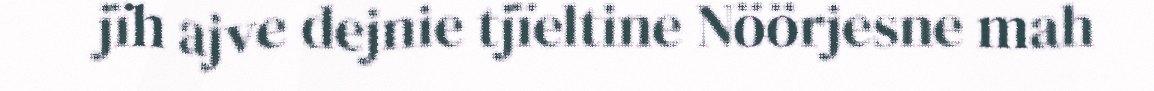
jïh ajve dejnie tjïeltine Nöörjesne mah